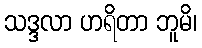
သဒ္ဒလာ ဟရိတာ ဘူမိ၊